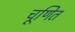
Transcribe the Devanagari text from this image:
चूणित